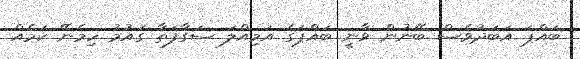
ބައްޕަ އަބަދުވެސް ބޭނުން ވާނީ ބައްޕަގެ އަމިއްލަ ސަގާފަތާ ގައުމު ހިމެނޭ ކަމެއް